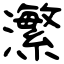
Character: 瀿